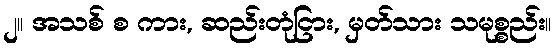
၂။ အသစ် စ ကား, ဆည်းတုံငြား, မှတ်သား သမုစ္စည်း။